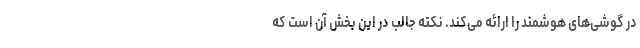
در گوشی‌های هوشمند را ارائه می‌کند. نکته جالب در این بخش آن است که